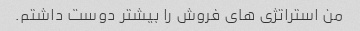
من استراتژی های فروش را بیشتر دوست داشتم.